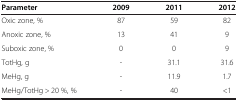
<table><thead><tr><td><b>Parameter</b></td><td><b>2009</b></td><td><b>2011</b></td><td><b>2012</b></td></tr></thead><tbody><tr><td>Oxic zone, %</td><td>87</td><td>59</td><td>82</td></tr><tr><td>Anoxic zone, %</td><td>13</td><td>41</td><td>9</td></tr><tr><td>Suboxic zone, %</td><td>0</td><td>0</td><td>9</td></tr><tr><td>TotHg, g</td><td>-</td><td>31.1</td><td>31.6</td></tr><tr><td>MeHg, g</td><td>-</td><td>11.9</td><td>1.7</td></tr><tr><td>MeHg/TotHg &gt; 20 %, %</td><td>-</td><td>40</td><td>&lt;1</td></tr></tbody></table>